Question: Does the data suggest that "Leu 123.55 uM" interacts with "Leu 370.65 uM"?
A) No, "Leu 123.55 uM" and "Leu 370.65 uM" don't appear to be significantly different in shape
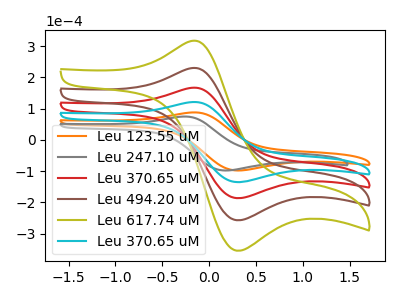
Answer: <think>The orange curve "Leu 123.55 uM" has an anodic peak at (-0.20V, 87.45uA) and a cathodic peak at (0.30V, -98.15uA). The gray curve "Leu 247.10 uM" has an anodic peak at (-0.30V, 74.25uA) and a cathodic peak at (0.15V, -98.15uA). The red curve "Leu 370.65 uM" has an anodic peak at (-0.20V, 241.15uA) and a cathodic peak at (0.30V, -270.65uA). The brown curve "Leu 494.20 uM" has an anodic peak at (-0.20V, 361.75uA) and a cathodic peak at (0.30V, -406.00uA). The olive curve "Leu 617.74 uM" has an anodic peak at (-0.20V, 482.30uA) and a cathodic peak at (0.30V, -541.35uA). The cyan curve "Leu 370.65 uM" has an anodic peak at (-0.20V, 120.60uA) and a cathodic peak at (0.30V, -135.35uA).
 All the peaks in "Leu 123.55 uM" have a peak in "Leu 370.65 uM" at the same potential. Every peak in "Leu 123.55 uM" is lower than every peak in "Leu 370.65 uM".</think>
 <answer>A) No, "Leu 123.55 uM" and "Leu 370.65 uM" don't appear to be significantly different in shape</answer>
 <eval>A</eval>